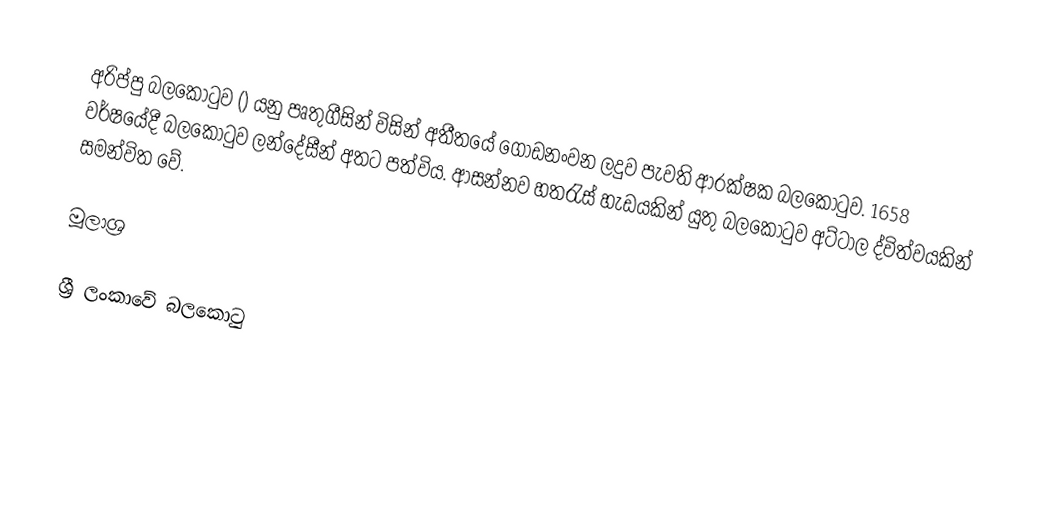
අරිප්පු බලකොටුව () යනු පෘතුගීසින් විසින් අතීතයේ ගොඩනංවන ලදුව පැවති ආරක්ෂක බලකොටුව. 1658 වර්ෂයේදී බලකොටුව ලන්දේසීන් අතට පත්විය. ආසන්නව හතරැස් හැඩයකින් යුතු බලකොටුව අට්ටාල ද්විත්වයකින් සමන්විත වේ.

මූලාශ්‍ර

ශ්‍රී ලංකාවේ බලකොටු